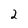
Character: 2